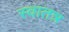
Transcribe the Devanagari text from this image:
स्वातत्र